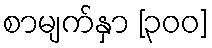
စာမျက်နှာ [၃၀၀]